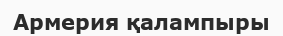
Армерия қалампыры